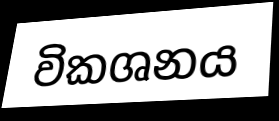
විකශනය